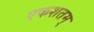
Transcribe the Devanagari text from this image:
एकशतम्